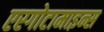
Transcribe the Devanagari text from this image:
एरगोटामाइन्स